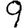
Digit: 9